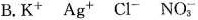
B. K^{＋} Ag^{＋} Cl^{-} NO_{3}^{-}